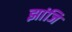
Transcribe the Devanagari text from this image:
झांजि